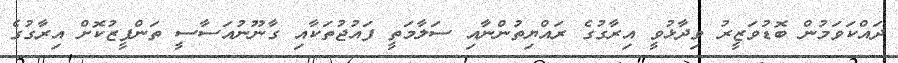
ދައްކަވަމުން ބޮޑުވަޒީރު ވިދާޅުވީ އިރާގުގެ ރައްޔިތުންނާއި ސަލާމަތީ ފައުޖުތަކާއި ގާނޫނުއަސާސީ ތަންފީޒުކޮށް އިރާގުގެ